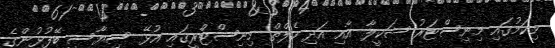
މިކަމުގައި މިނިސްޓަރު ޝަކީލާ އާއި އަދި ހެލްތް މިނިސްޓްރީގައި އުޅޭ ސިޔާސީ ބޭފުޅުންގެ